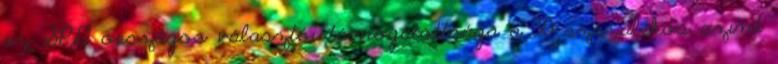
az SPD országos választói támogatottsága a 30 százalékos szint